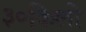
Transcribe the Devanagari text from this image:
३०किलो